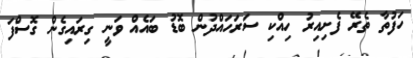
ހަފުތާ ތެރޭ ފެށިއިރު ހިއްކި ސަރަހައްދުން ބޮޑު ބައެއް ވަނީ ގިރައިގެން ގޮސްފަ